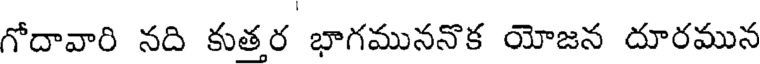
గోదావారి నది కుతర భాగముననొక యోజన దూరమున